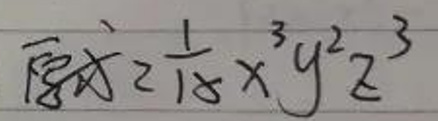
原式$=\frac{1}{18}x^{3}y^{2}z^{3}$